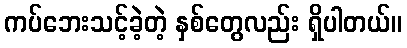
ကပ်ဘေးသင့်ခဲ့တဲ့ နှစ်တွေလည်း ရှိပါတယ်။